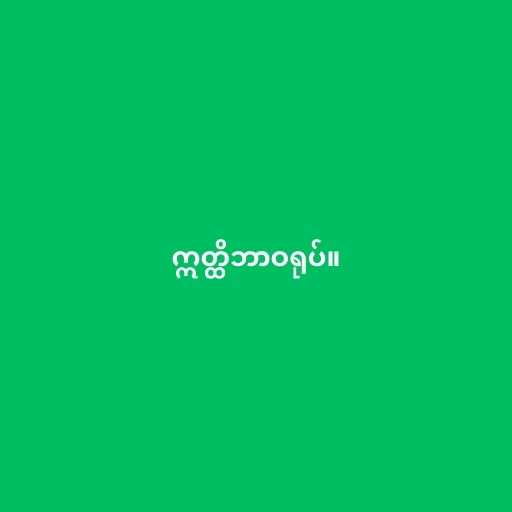
ဣတ္ထိဘာဝရုပ်။